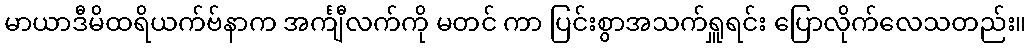
မာယာဒီမိထရိယက်ဗ်နာက အင်္ကျီလက်ကို မတင် ကာ ပြင်းစွာအသက်ရှူရင်း ပြောလိုက်လေသတည်း။